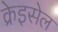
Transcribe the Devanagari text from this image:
क्रेइसेल